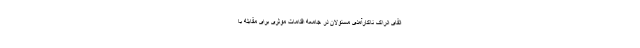
القای ادراک ناکارآمدی مسئولان در جامعه اقدامات موثری برای مقابله با